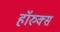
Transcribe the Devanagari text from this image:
हॉरुक्स